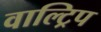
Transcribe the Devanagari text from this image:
वाल्ट्रिप